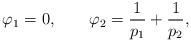
LaTeX: \begin{align*}\varphi _1=0,\qquad \varphi _2=\frac {1}{p_1}+\frac {1}{p_2} ,\end{align*}